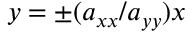
y = \pm ( a _ { x x } / a _ { y y } ) x